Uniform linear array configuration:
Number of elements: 16
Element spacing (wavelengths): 0.5
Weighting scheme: blackman
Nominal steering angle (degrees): -60
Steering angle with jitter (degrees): -58.221
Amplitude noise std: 0.05
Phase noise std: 0.05

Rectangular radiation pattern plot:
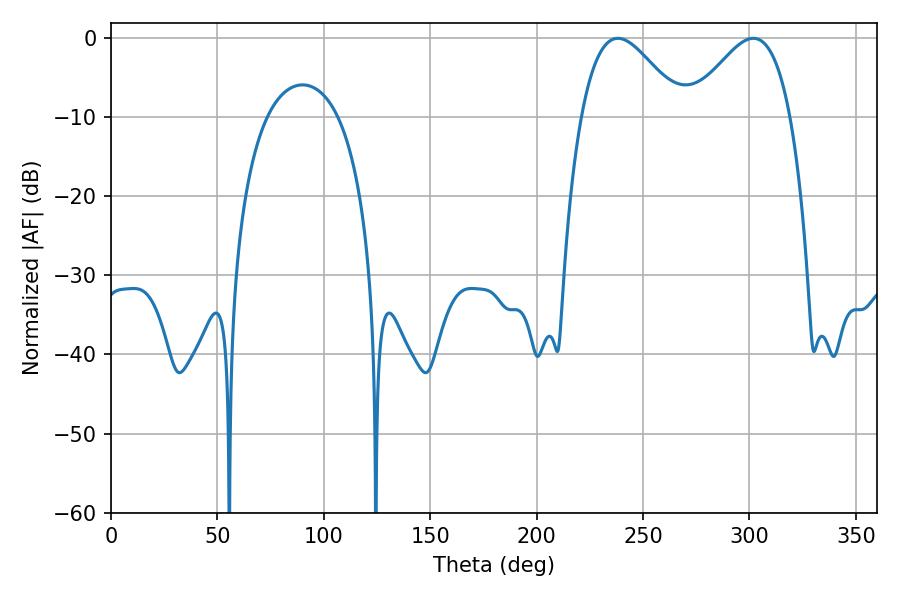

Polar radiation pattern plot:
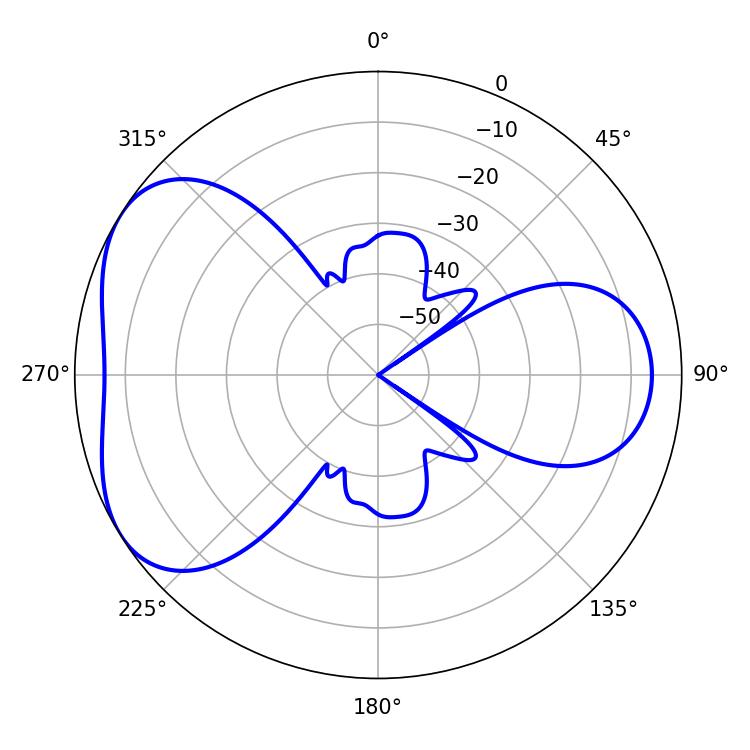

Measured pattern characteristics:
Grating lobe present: FALSE
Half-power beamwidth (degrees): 25.56
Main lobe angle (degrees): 301.86